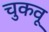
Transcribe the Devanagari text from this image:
चुकवू